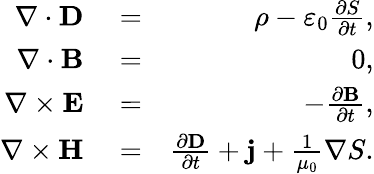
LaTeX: \begin{array}{rlr}{\nabla\cdot\mathbf{D}}&{{}=}&{\rho-\varepsilon_{0}\frac{\partial S}{\partial t},}\\ {\nabla\cdot\mathbf{B}}&{{}=}&{0,}\\ {\nabla\times\mathbf{E}}&{{}=}&{-\frac{\partial\mathbf{B}}{\partial t},}\\ {\nabla\times\mathbf{H}}&{{}=}&{\frac{\partial\mathbf{D}}{\partial t}+\mathbf{j}+\frac{1}{\mu_{0}}\nabla S.}\end{array}